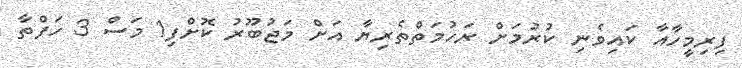
ފިރިމީހާއާ ކައިވެނި ކުރުމަށް ރަހުމަތްތެރިޔާ އަށް މަޖުބޫރު ކޮށްފި1 މަސް 3 ހަފްތާ